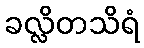
ခလ္လိတသိရံ